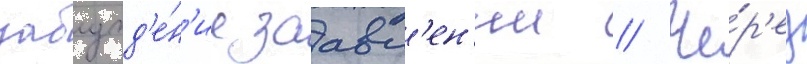
заблужд'е́н'ие заавл'ен'ии // Че́р'ез